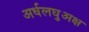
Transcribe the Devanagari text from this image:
अर्धलघुअक्ष